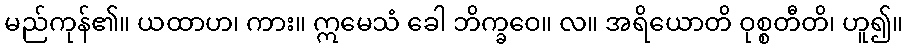
မည်ကုန်၏။ ယထာဟ၊ ကား။ ဣမေသံ ခေါ ဘိက္ခဝေ။ လ။ အရိယောတိ ဝုစ္စတီတိ၊ ဟူ၍။